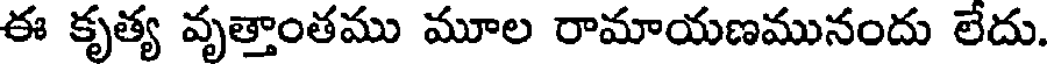
ఈ కృత్య వృత్తాంతము మూల రామాయణమునందు లేదు.